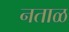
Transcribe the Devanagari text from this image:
नताळ